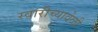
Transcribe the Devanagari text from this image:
स्वारीच्यावेळी